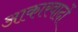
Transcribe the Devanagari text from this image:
आकारवादों